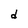
Character: d